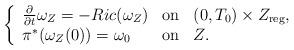
LaTeX: \begin{align*}\left\{\begin{array}[c]{lcl}\frac{\partial}{\partial t}\omega_{Z}=-Ric(\omega_{Z}) & \mathrm{on} &(0,T_{0})\times Z_{\operatorname{reg}},\\\pi^{\ast}(\omega_{Z}(0))=\omega_{0} & \mathrm{on} & Z.\end{array}\right. \end{align*}